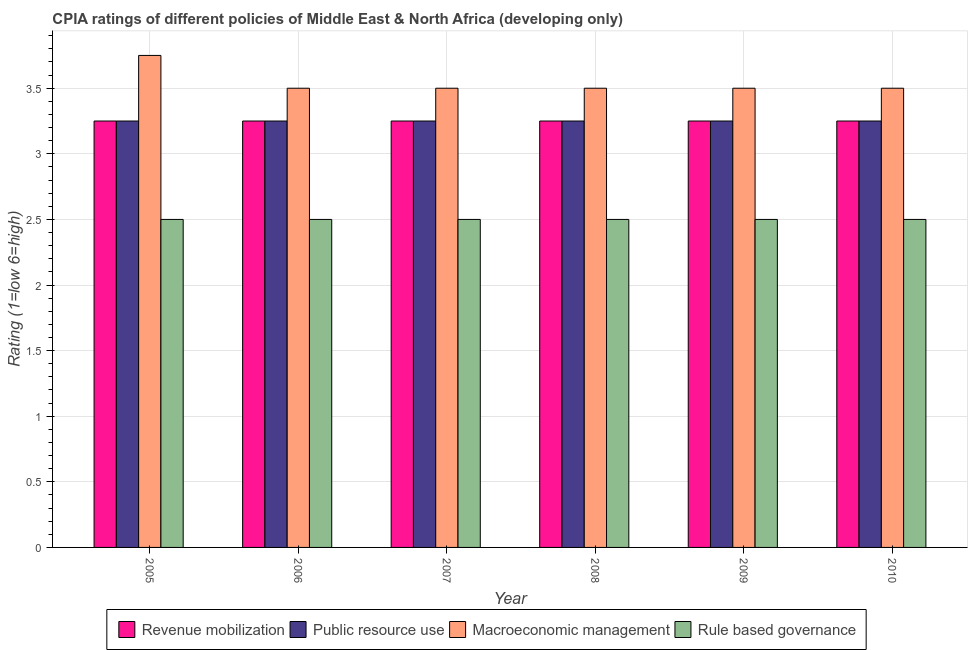
| Year | Revenue mobilization | Public resource use | Macroeconomic management | Rule based governance |
 | --- | --- | --- | --- | --- |
 | 2005 | 3.25 | 3.25 | 3.75 | 2.5 |
 | 2006 | 3.25 | 3.25 | 3.5 | 2.5 |
 | 2007 | 3.25 | 3.25 | 3.5 | 2.5 |
 | 2008 | 3.25 | 3.25 | 3.5 | 2.5 |
 | 2009 | 3.25 | 3.25 | 3.5 | 2.5 |
 | 2010 | 3.25 | 3.25 | 3.5 | 2.5 |